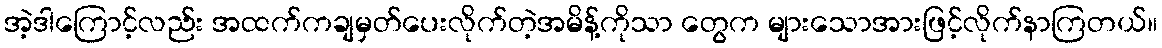
အဲ့ဒါကြောင့်လည်း အထက်ကချမှတ်ပေးလိုက်တဲ့အမိန့်ကိုသာ တွေက များသောအားဖြင့်လိုက်နာကြတယ်။